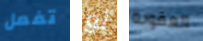
تفعل لو العقوبة